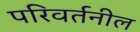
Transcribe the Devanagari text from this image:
परिवर्तनील